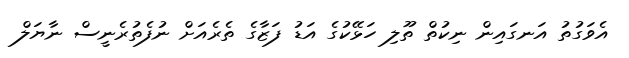
އެވަގުތު އަނގައިން ނިކުތް ތޫލި ހަޅޭކުގެ އަޑު ފަޒާގެ ތެރެއަށް ނުފެތުރެނީސް ނާޔަލް